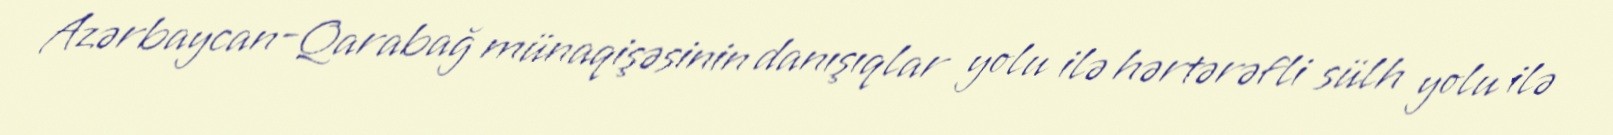
Azərbaycan-Qarabağ münaqişəsinin danışıqlar yolu ilə hərtərəfli sülh yolu ilə